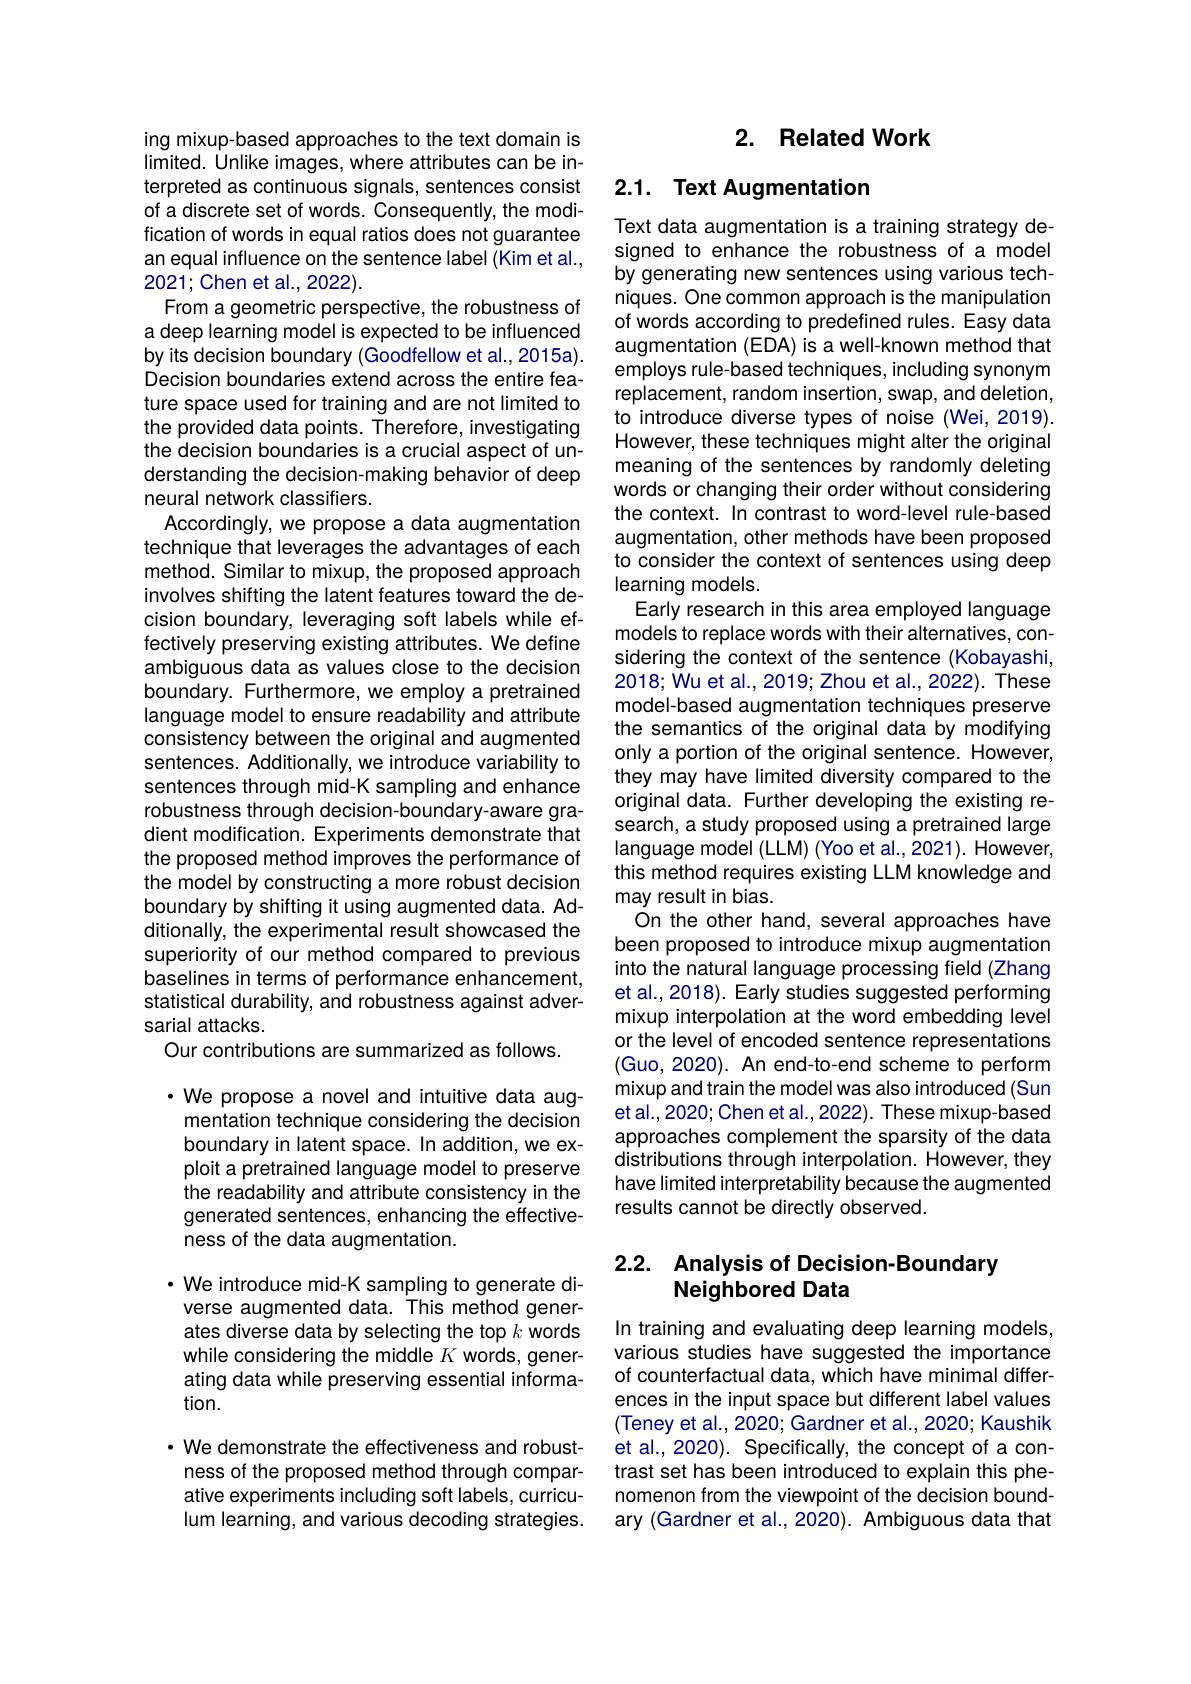
ing mixup-based approaches to the text domain is limited. Unlike images, where attributes can be interpreted as continuous signals, sentences consist of a discrete set of words. Consequently, the modification of words in equal ratios does not guarantee an equal influence on the sentence label (Kim et al., 2021;Chen et al., 2022).
From a geometric perspective, the robustness of a deep learning model is expected to be influenced by its decision boundary (Goodfellow et al., 2015a). Decision boundaries extend across the entire feature space used for training and are not limited to the provided data points. Therefore, investigating the decision boundaries is a crucial aspect of understanding the decision-making behavior of deep neural network classifiers.
Accordingly, we propose a data augmentation technique that leverages the advantages of each method. Similar to mixup, the proposed approach involves shifting the latent features toward the decision boundary, leveraging soft labels while effectively preserving existing attributes. We define ambiguous data as values close to the decision boundary. Furthermore, we employ a pretrained language model to ensure readability and attribute consistency between the original and augmented sentences. Additionally, we introduce variability to sentences through mid-K sampling and enhance robustness through decision-boundary-aware gradient modification. Experiments demonstrate that the proposed method improves the performance of the model by constructing a more robust decision boundary by shifting it using augmented data. Additionally, the experimental result showcased the superiority of our method compared to previous baselines in terms of performance enhancement, statistical durability, and robustness against adversarial attacks.
Our contributions are summarized as follows.

·We propose a novel and intuitive data augmentation technique considering the decision boundary in latent space. In addition, we exploit a pretrained language model to preserve the readability and attribute consistency in the generated sentences, enhancing the effectiveness of the data augmentation.

$\cdot$ We introduce mid-K sampling to generate diverse augmented data. This method generates diverse data by selecting the top $k$ words while considering the middle $K$ words, generating data while preserving essential information.

· We demonstrate the effectiveness and robustness of the proposed method through comparative experiments including soft labels, curriculum learning, and various decoding strategies.

## 2. Related Work

## 2.1. Text Augmentation

Text data augmentation is a training strategy designed to enhance the robustness of a model by generating new sentences using various techniques. One common approach is the manipulation of words according to predefined rules. Easy data augmentation (EDA) is a well-known method that employs rule-based techniques, including synonym replacement, random insertion, swap, and deletion, to introduce diverse types of noise (Wei, 2019). However, these techniques might alter the original meaning of the sentences by randomly deleting words or changing their order without considering the context. In contrast to word-level rule-based augmentation, other methods have been proposed to consider the context of sentences using deep learning models.
Early research in this area employed language models to replace words with their alternatives, considering the context of the sentence (Kobayashi 2018; Wu et al., 2019; Zhou et al., 2022). These model-based augmentation techniques preserve the semantics of the original data by modifying only a portion of the original sentence. However, they may have limited diversity compared to the original data. Further developing the existing research, a study proposed using a pretrained large language model (LLM) (Yoo et al.,2021). However, this method requires existing LLM knowledge and may result in bias.
On the other hand, several approaches have been proposed to introduce mixup augmentation into the natural language processing field (Zhang et al., 2018). Early studies suggested performing mixup interpolation at the word embedding level or the level of encoded sentence representations (Guo, 2020). An end-to-end scheme to perform mixup and train the model was also introduced (Sun et al., 2020; Chen et al., 2022). These mixup-based approaches complement the sparsity of the data distributions through interpolation. However, they have limited interpretability because the augmented results cannot be directly observed.

# 2.2. Analysis of Decision-Boundary Neighbored Data

In training and evaluating deep learning models, various studies have suggested the importance of counterfactual data, which have minimal differences in the input space but different label values (Teney et al., 2020; Gardner et al., 2020; Kaushik et al., 2020). Specifically, the concept of a contrast set has been introduced to explain this phenomenon from the viewpoint of the decision boundary (Gardner et al., 2020). Ambiguous data that